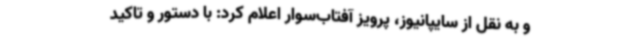
و به نقل از سایپانیوز، پرویز آفتاب‌سوار اعلام کرد: با دستور و تاکید